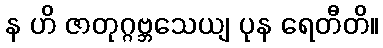
န ဟိ ဇာတုဂ္ဂဗ္ဘသေယျ ပုန ရေတီတိ။